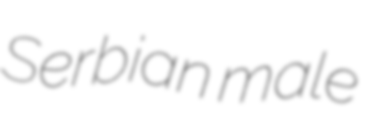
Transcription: Serbian male